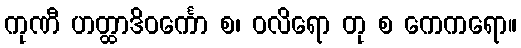
ကုဏီ ဟတ္ထာဒိဝင်္ကော စ၊ ဝလိရော တု စ ကေကရော။